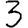
Digit: 3